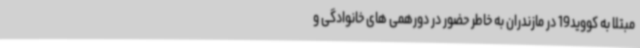
مبتلا به کووید19 در مازندران به خاطر حضور در دورهمی های خانوادگی و